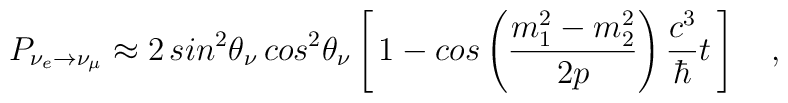
P_{\nu_e \rightarrow \nu_\mu} \approx 2\, sin^2\theta_\nu \,cos^2\theta_\nu \left [\, 1 -cos \left (\frac{m_1^2-m_2^2}{2p}\right ) \frac{c^3}{\hbar} t \, \right ]\quad,